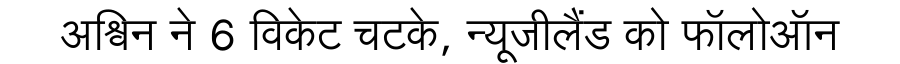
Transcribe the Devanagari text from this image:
अश्विन ने 6 विकेट चटके, न्यूजीलैंड को फॉलोऑन